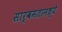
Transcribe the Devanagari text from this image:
सार्वमतामध्ये